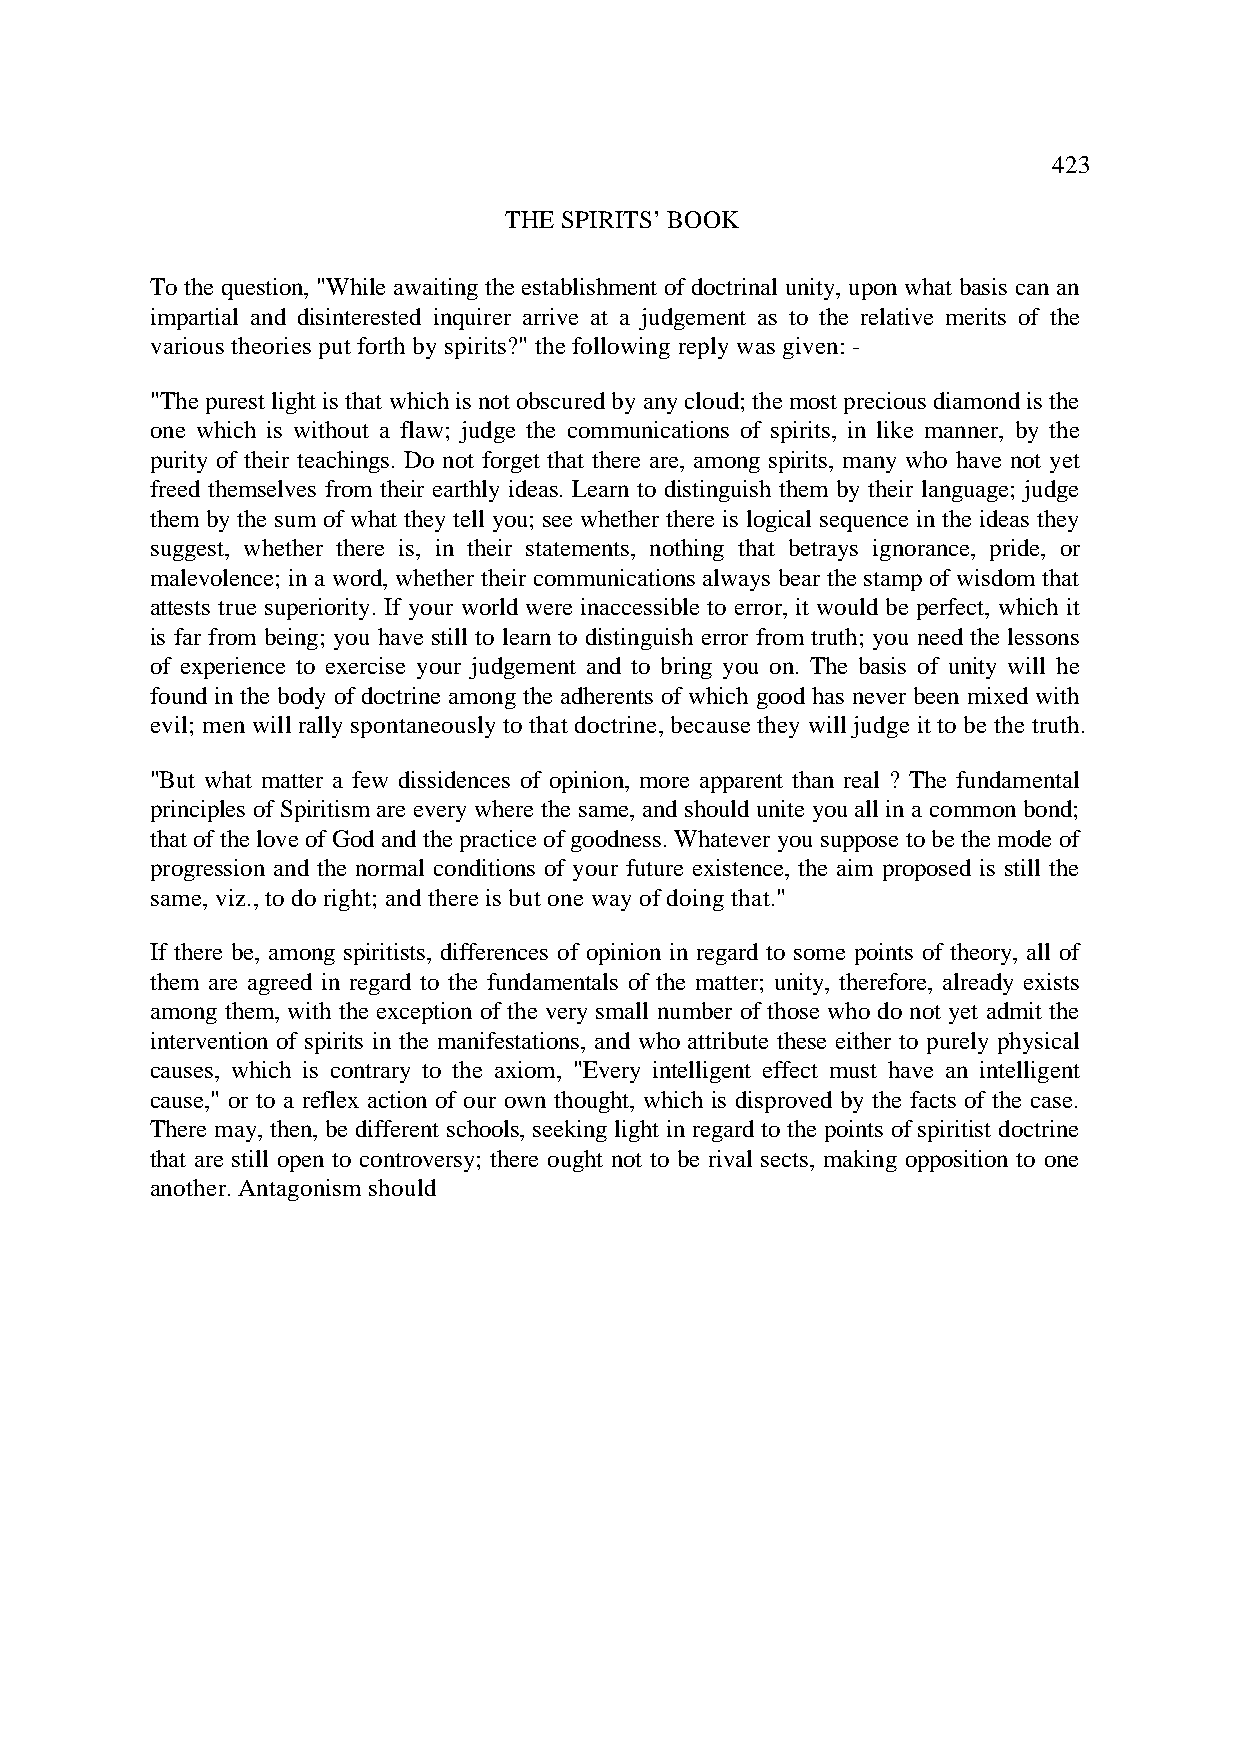
423
 THE SPIRITS’ BOOK
 To the question, "While awaiting the establishment of doctrinal unity, upon what basis can an
 impartial and disinterested inquirer arrive at a judgement as to the relative merits of the
 various theories put forth by spirits?" the following reply was given: -
 "The purest light is that which is not obscured by any cloud; the most precious diamond is the
 one which is without a flaw; judge the communications of spirits, in like manner, by the
 purity of their teachings. Do not forget that there are, among spirits, many who have not yet
 freed themselves from their earthly ideas. Learn to distinguish them by their language; judge
 them by the sum of what they tell you; see whether there is logical sequence in the ideas they
 suggest, whether there is, in their statements, nothing that betrays ignorance, pride, or
 malevolence; in a word, whether their communications always bear the stamp of wisdom that
 attests true superiority. If your world were inaccessible to error, it would be perfect, which it
 is far from being; you have still to learn to distinguish error from truth; you need the lessons
 of experience to exercise your judgement and to bring you on. The basis of unity will he
 found in the body of doctrine among the adherents of which good has never been mixed with
 evil; men will rally spontaneously to that doctrine, because they will judge it to be the truth.
 "But what matter a few dissidences of opinion, more apparent than real ? The fundamental
 principles of Spiritism are every where the same, and should unite you all in a common bond;
 that of the love of God and the practice of goodness. Whatever you suppose to be the mode of
 progression and the normal conditions of your future existence, the aim proposed is still the
 same, viz., to do right; and there is but one way of doing that."
 If there be, among spiritists, differences of opinion in regard to some points of theory, all of
 them are agreed in regard to the fundamentals of the matter; unity, therefore, already exists
 among them, with the exception of the very small number of those who do not yet admit the
 intervention of spirits in the manifestations, and who attribute these either to purely physical
 causes, which is contrary to the axiom, "Every intelligent effect must have an intelligent
 cause," or to a reflex action of our own thought, which is disproved by the facts of the case.
 There may, then, be different schools, seeking light in regard to the points of spiritist doctrine
 that are still open to controversy; there ought not to be rival sects, making opposition to one
 another. Antagonism should